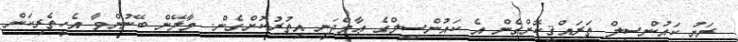
ރަށު ކައުންސިލް ތަރައްޤީކޮށްގެން އެ ކައުންސިލްގެ ޢާމްދަނީ އިތުރުކޮށްގެން. މާލޭން ބޭނުންވާ އެހީތެރިކަން